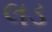
લડ